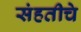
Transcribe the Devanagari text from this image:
संहतीचे